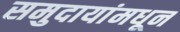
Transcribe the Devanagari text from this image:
समुदायांमधून